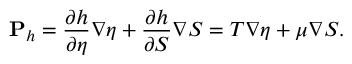
{ \bf P } _ { h } = \frac { \partial h } { \partial \eta } \nabla \eta + \frac { \partial h } { \partial S } \nabla S = T \nabla \eta + \mu \nabla S .